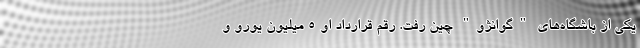
یکی از باشگاه‌های "گوانژو" چین رفت. رقم قرارداد او 5 میلیون یورو و